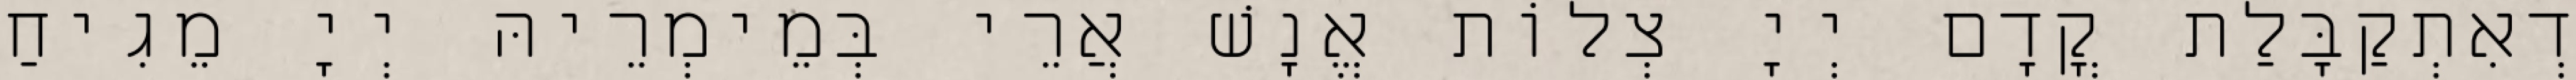
דְאִתְקַבָּלַת קֳדָם יְיָ צְלוֹת אֱנָשׁ אֲרֵי בְּמֵימְרֵיהּ יְיָ מֵגִיחַ